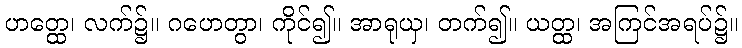
ဟတ္ထေ၊ လက်၌။ ဂဟေတွာ၊ ကိုင်၍။ အာရုယှ၊ တက်၍။ ယတ္ထ၊ အကြင်အရပ်၌။